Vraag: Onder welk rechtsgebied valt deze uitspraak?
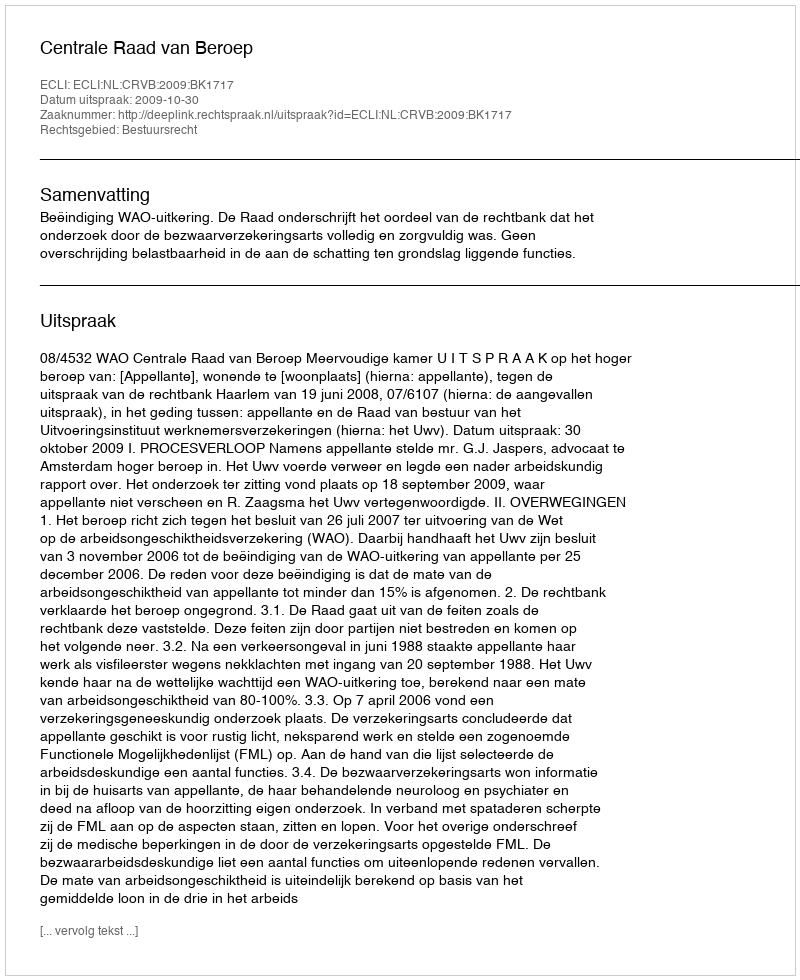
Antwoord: Bestuursrecht